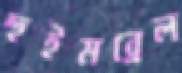
হুইমব্রেল